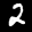
Label: 2